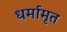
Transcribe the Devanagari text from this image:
धर्मामृत